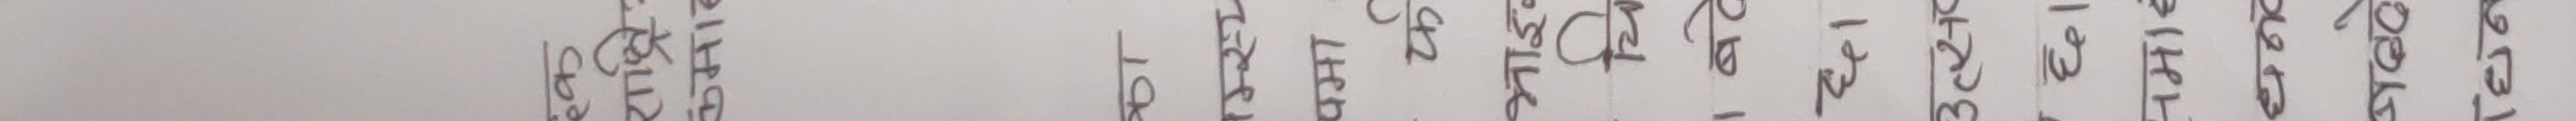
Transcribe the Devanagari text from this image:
केहि कुरा तर, उनीहरूका लागि मात्रै।